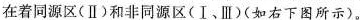
在着同源区(Ⅱ)和非同源区(Ⅰ、Ⅲ)(如右下图所示)。